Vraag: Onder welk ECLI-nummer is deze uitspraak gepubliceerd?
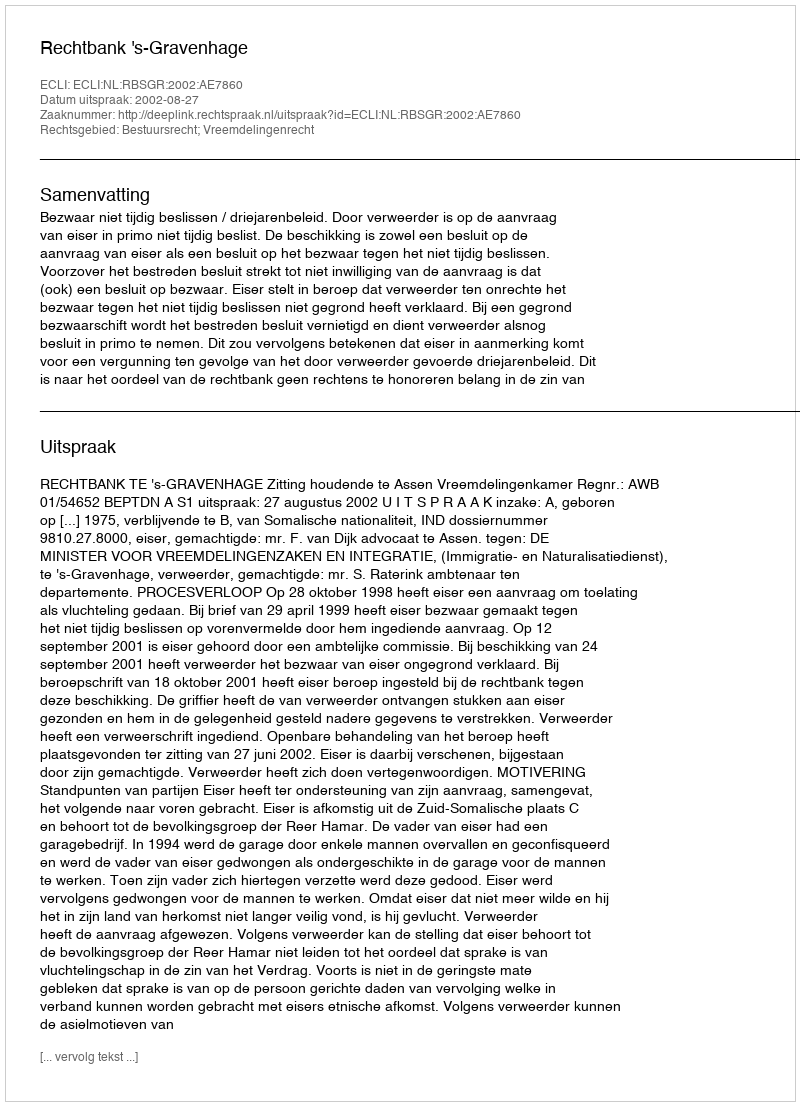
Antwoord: ECLI:NL:RBSGR:2002:AE7860